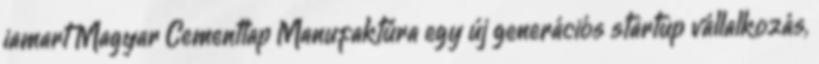
iamart Magyar Cementlap Manufaktúra egy új generációs startup vállalkozás,